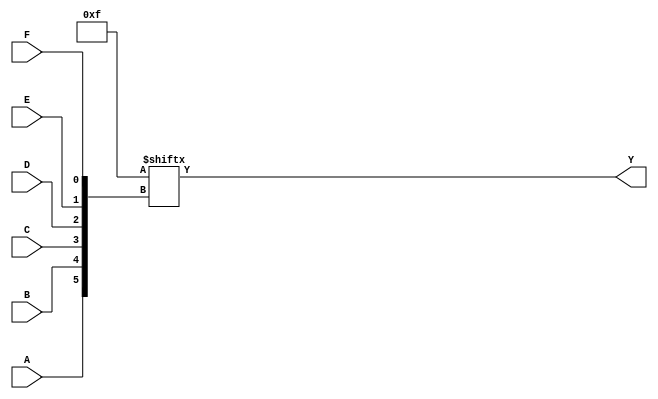
module k_map_6var (
    input wire A,
    input wire B,
    input wire C,
    input wire D,
    input wire E,
    input wire F,
    output wire Y
);

// Define the K-map based on the truth table
// The K-map is represented as a 64-bit vector (for 64 combinations)
reg [63:0] k_map;

// Initialize K-map with example values
// Here you can set the values of k_map based on your logic function
initial begin
    // Example K-map initialization (You can modify this to match your function)
    // Each bit represents the output for the corresponding input combination
    // For example, k_map[0] is for A=0, B=0, C=0, D=0, E=0, F=0
    // The following is just a placeholder; replace it with your actual K-map values
    k_map = 64'b0000000000000000000000000000000000000000000000000000000000001111; // Example: Outputs 1 for combinations 0-3
    
    // You can define more complex K-map values as needed
end

// Output logic based on the K-map
assign Y = k_map[{A, B, C, D, E, F}];

endmodule